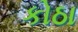
કોઠા